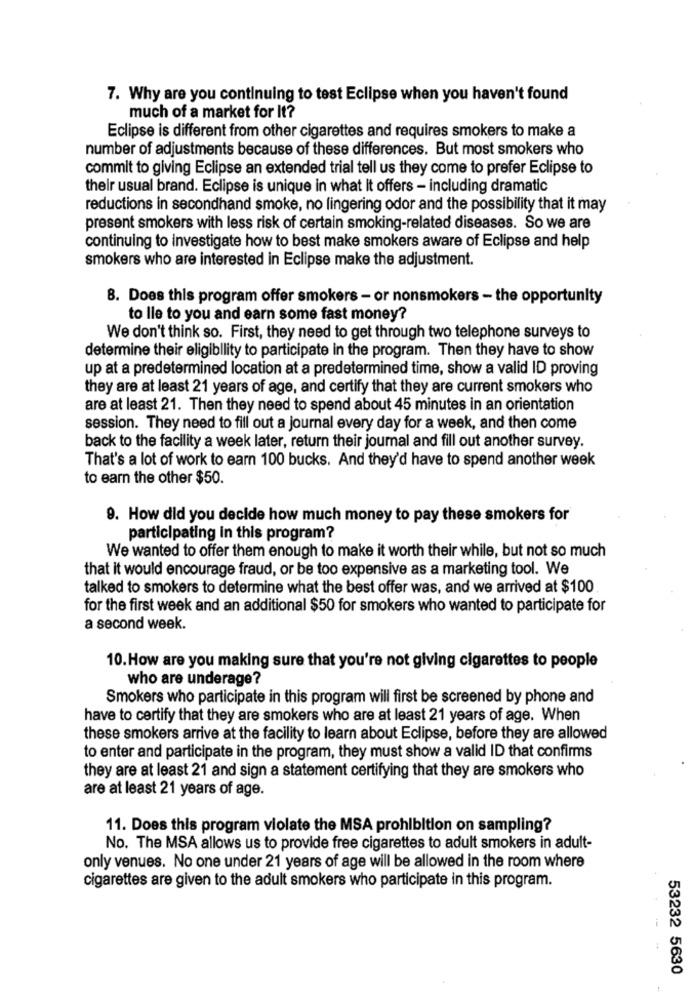
7. Why are you continuing to test Eclipse when you haven't found
much of a market for It?
Eclipse is different from other cigarettes and requires smokers to make a
number of adjustments because of these differences. But most smokers who
commit to giving Eclipse an extended trial tell us they come to prefer Eclipse to
their usual brand. Eclipse is unique in what It offers - including dramatic
reductions in secondhand smoke, no lingering odor and the possibility that it may
present smokers with less risk of certain smoking-related diseases. So we are
continuing to investigate how to best make smokers aware of Eclipse and help
smokers who are interested in Eclipse make the adjustment.
8. Does this program offer smokers - or nonsmokers - the opportunity
to lle to you and earn some fast money?
We don't think so. First, they need to get through two telephone surveys to
determine their eligibility to participate in the program. Then they have to show
up at a predetermined location at a predetermined time, show a valid ID proving
they are at least 21 years of age, and certify that they are current smokers who
are at least 21. Then they need to spend about 45 minutes in an orientation
session. They need to fill out a journal every day for a week, and then come
back to the facility a week later, return their journal and fill out another survey.
That's a lot of work to earn 100 bucks. And they'd have to spend another week
to earn the other $50.
9. How did you decide how much money to pay these smokers for
participating in this program?
We wanted to offer them enough to make it worth their while, but not so much
that it would encourage fraud, or be too expensive as a marketing tool. We
talked to smokers to determine what the best offer was, and we arrived at $100
for the first week and an additional $50 for smokers who wanted to participate for
a second week.
10. How are you making sure that you're not giving cigarettes to people
who are underage?
Smokers who participate in this program will first be screened by phone and
have to certify that they are smokers who are at least 21 years of age. When
these smokers arrive at the facility to learn about Eclipse, before they are allowed
to enter and participate in the program, they must show a valid ID that confirms
they are at least 21 and sign a statement certifying that they are smokers who
are at least 21 years of age.
11. Does this program violate the MSA prohibition on sampling?
No. The MSA allows us to provide free cigarettes to adult smokers in adult-
only venues. No one under 21 years of age will be allowed in the room where
cigarettes are given to the adult smokers who participate in this program.
53232 5630